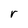
Character: r